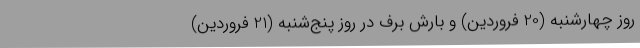
روز چهارشنبه (20 فروردین) و بارش برف در روز پنج‌شنبه (21 فروردین)